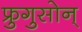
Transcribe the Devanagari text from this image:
फ्रुगुसोन्